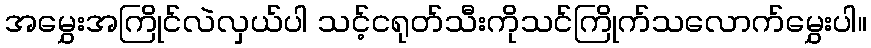
အမွှေးအကြိုင်လဲလှယ်ပါ သင့်ငရုတ်သီးကိုသင်ကြိုက်သလောက်မွှေးပါ။